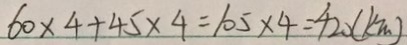
6 0 \times 4 + 4 5 \times 4 = 1 0 5 \times 4 = 4 2 0 ( k m )